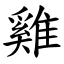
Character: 雞